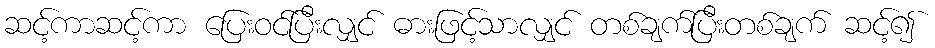
ဆင့်ကာဆင့်ကာ ပြေးဝင်ပြီးလျှင် ဓားဖြင့်သာလျှင် တစ်ချက်ပြီးတစ်ချက် ဆင့်၍